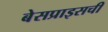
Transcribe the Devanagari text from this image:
बेसप्राइसची